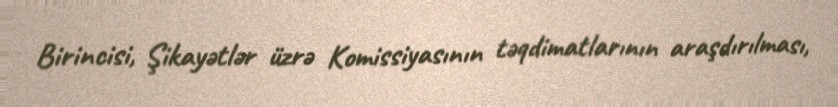
Birincisi, Şikayətlər üzrə Komissiyasının təqdimatlarının araşdırılması,